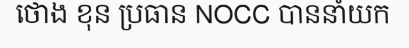
ថោង ខុន ប្រធាន NOCC បាននាំយក